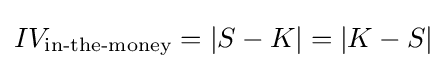
IV_{\textrm {in-the-money}}=\left\vert S-K\right\vert =\left\vert K-S\right\vert